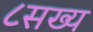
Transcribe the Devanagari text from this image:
८सख्य